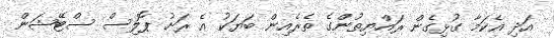
އަދި އެކަމާ ގުޅިގެން ރައްޔިތުންގެ ތެރެއިން ބަޔަކު އެ ރަށު ޕޮލިސް ސްޓޭޝަން